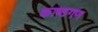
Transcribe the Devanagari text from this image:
काष्ठगण